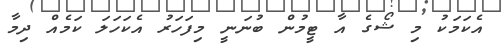
އެކަމަކު މި ޝޯގެ އާ ޓީމުން ބުނަނީ މިފަހަރު އެކަހަލަ ކަމެއް ދިމާ